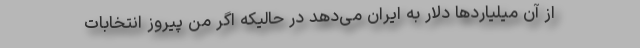
از آن میلیاردها دلار به ایران می‌دهد در حالیکه اگر من پیروز انتخابات